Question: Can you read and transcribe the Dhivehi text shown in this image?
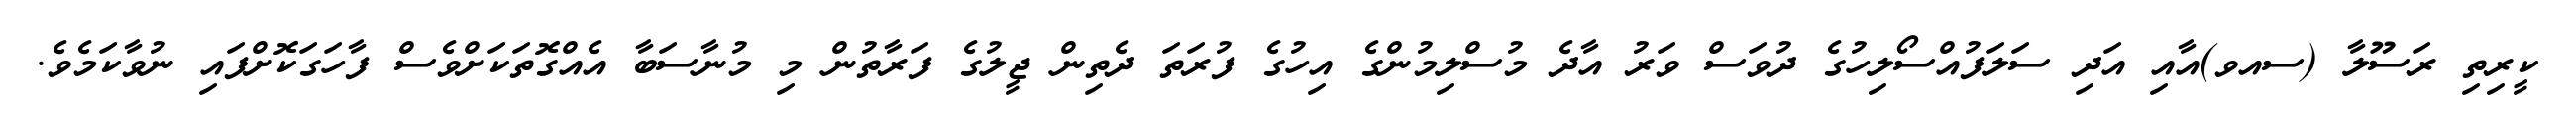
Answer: ކީރިތި ރަސޫލާ (ސއވ)އާއި އަދި ސަލަފުއްސޯލިހުގެ ދުވަސް ވަރު އާދެ މުސްލިމުންގެ އިހުގެ ފުރަތަ ދެތިން ޖީލުގެ ފަރާތުން މި މުނާސަބާ އެއްގޮތަކަށްވެސް ފާހަގަކޮށްފައި ނުވާކަމެވެ.